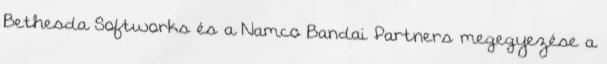
Bethesda Softworks és a Namco Bandai Partners megegyezése a